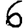
Digit: 6